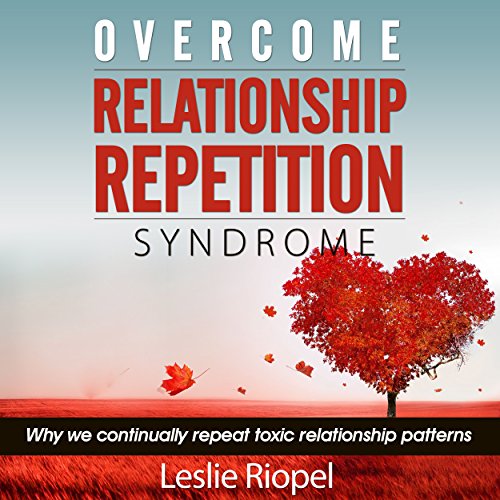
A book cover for Overcome Relationship Repetition Syndrome: Why We Continually Repeat Toxic Relationship Patterns; Leslie Riopel; Self-Help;